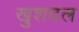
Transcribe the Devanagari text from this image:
खुशदल